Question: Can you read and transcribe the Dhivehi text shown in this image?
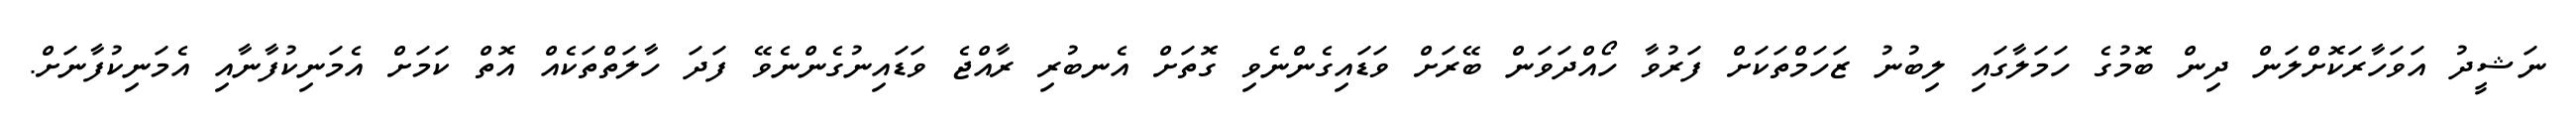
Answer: ނަޝީދު އަވަހާރަކޮށްލަން ދިން ބޮމުގެ ހަމަލާގައި ލިބުނު ޒަހަމްތަކަށް ފަރުވާ ހޯއްދަވަން ބޭރަށް ވަޑައިގެންނެވި ގޮތަށް އެނބުރި ރާއްޖެ ވަޑައިނުގެންނެވޭ ފަދަ ހާލަތްތަކެއް އޮތް ކަމަށް އެމަނިކުފާނާއި އެމަނިކުފާނަށް.